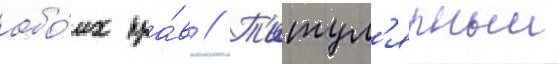
обо́их пра́в // Т'итул'ярныи